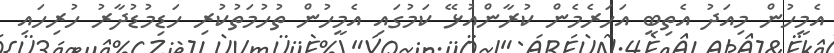
އެމީހުން މިއަދު އެތިބީ އަހަރެމެން ކުރާންއުޅޭ ކަމުގައި އެމީހުން ތުހުމަތުކުރި ހަޑިމުޑުދާރު ހުރިހައި